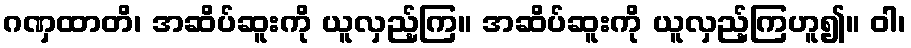
ဂဏှထာတိ၊ အဆိပ်ဆူးကို ယူလှည့်ကြ။ အဆိပ်ဆူးကို ယူလှည့်ကြဟူ၍။ ဝါ၊